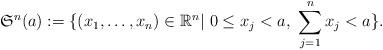
LaTeX: \begin{align*}\mathfrak S^n(a):=\{(x_1,\ldots,x_n) \in \mathbb R^n|\ 0\leq x_j< a,\ \sum_{j=1}^n x_j< a\}.\end{align*}